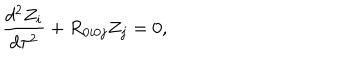
\frac { d ^ { 2 } Z _ { i } } { d \tau ^ { 2 } } + R _ { 0 i 0 j } Z _ { j } = 0 ,